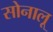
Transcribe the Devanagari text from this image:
सोनालू